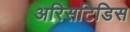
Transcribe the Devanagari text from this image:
अरिसटिडिस